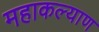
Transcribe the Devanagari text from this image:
महाकल्याण